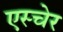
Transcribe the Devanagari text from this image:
एस्चेर